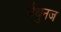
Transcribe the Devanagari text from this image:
मैथुनज